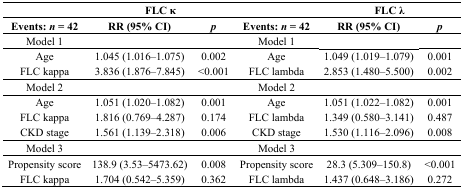
<table><thead><tr><td></td><td colspan="2"><b>FLC κ</b></td><td></td><td colspan="2"><b>FLC λ</b></td></tr><tr><td><b>Events:<i>n</i> = 42</b></td><td><b>RR (95% CI)</b></td><td><b><i>p</i></b></td><td><b>Events:<i>n</i> = 42</b></td><td><b>RR (95% CI)</b></td><td><b><i>p</i></b></td></tr></thead><tbody><tr><td>Model 1</td><td></td><td></td><td>Model 1</td><td></td><td></td></tr><tr><td>Age</td><td>1.045 (1.016–1.075)</td><td>0.002</td><td>Age</td><td>1.049 (1.019–1.079)</td><td>0.001</td></tr><tr><td>FLC kappa</td><td>3.836 (1.876–7.845)</td><td>&lt;0.001</td><td>FLC lambda</td><td>2.853 (1.480–5.500)</td><td>0.002</td></tr><tr><td>Model 2</td><td></td><td></td><td>Model 2</td><td></td><td></td></tr><tr><td>Age</td><td>1.051 (1.020–1.082)</td><td>0.001</td><td>Age</td><td>1.051 (1.022–1.082)</td><td>0.001</td></tr><tr><td>FLC kappa</td><td>1.816 (0.769–4.287)</td><td>0.174</td><td>FLC lambda</td><td>1.349 (0.580–3.141)</td><td>0.487</td></tr><tr><td>CKD stage</td><td>1.561 (1.139–2.318)</td><td>0.006</td><td>CKD stage</td><td>1.530 (1.116–2.096)</td><td>0.008</td></tr><tr><td>Model 3</td><td></td><td></td><td>Model 3</td><td></td><td></td></tr><tr><td>Propensity score</td><td>138.9 (3.53–5473.62)</td><td>0.008</td><td>Propensity score</td><td>28.3 (5.309–150.8)</td><td>&lt;0.001</td></tr><tr><td>FLC kappa</td><td>1.704 (0.542–5.359)</td><td>0.362</td><td>FLC lambda</td><td>1.437 (0.648–3.186)</td><td>0.272</td></tr></tbody></table>